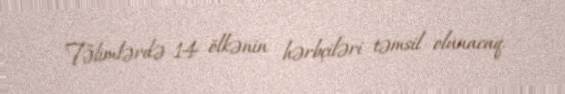
Təlimlərdə 14 ölkənin hərbçiləri təmsil olunacaq.